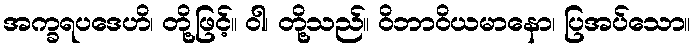
အက္ခရပဒေဟိ၊ တို့ဖြင့်။ ဝါ၊ တို့သည်။ ဝိဘာဝိယမာနော၊ ပြအပ်သော။